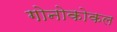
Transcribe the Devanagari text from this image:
गोनोकोकल